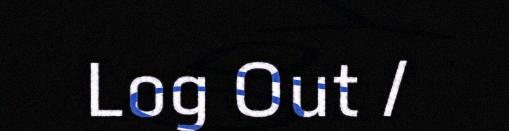
Log Out /